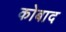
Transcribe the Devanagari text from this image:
कोबाद